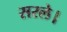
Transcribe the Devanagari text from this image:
सरले।